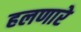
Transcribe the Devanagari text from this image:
हलणारे